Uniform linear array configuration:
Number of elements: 16
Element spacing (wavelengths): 1
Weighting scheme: uniform
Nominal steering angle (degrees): -45
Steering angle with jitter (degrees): -46.765
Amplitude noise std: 0.05
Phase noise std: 0.05

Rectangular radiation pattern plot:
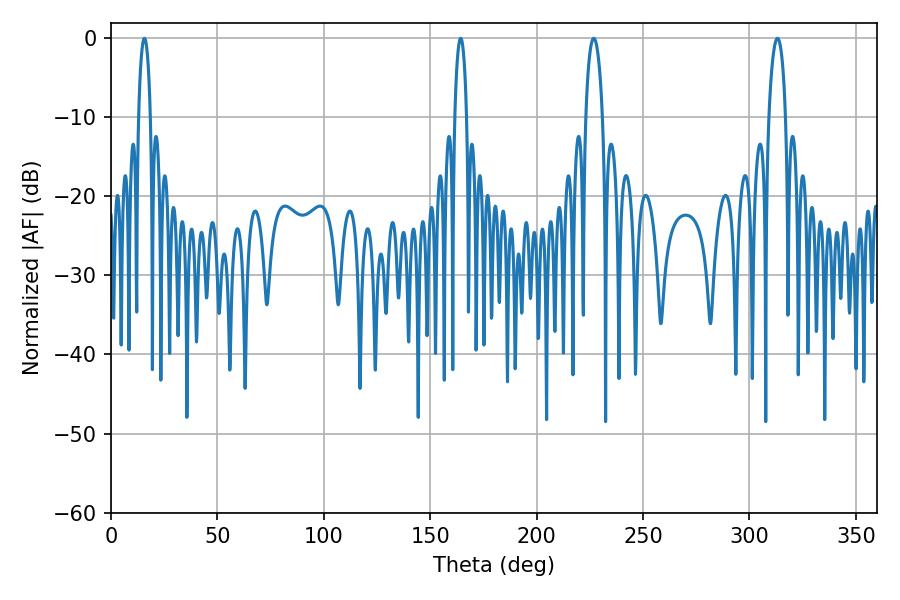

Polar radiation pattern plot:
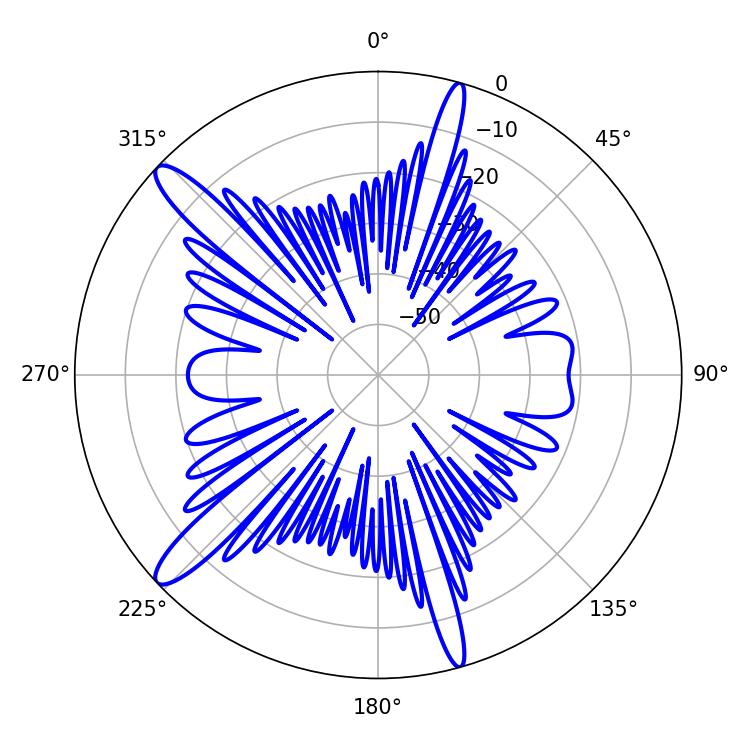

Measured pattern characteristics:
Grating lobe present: TRUE
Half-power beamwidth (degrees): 4.5
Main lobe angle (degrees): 226.8